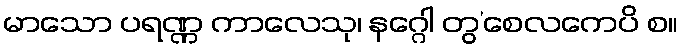
မာသော ပရဏ္ဏ ကာလေသု၊ နဂ္ဂေါ တွ’စေလကေပိ စ။